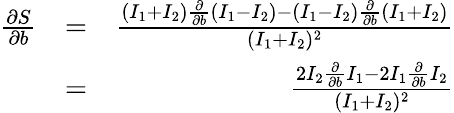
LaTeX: \begin{array}{rlr}{\frac{\partial S}{\partial b}}&{=}&{\frac{(I_{1}+I_{2})\frac{\partial}{\partial b}(I_{1}-I_{2})-(I_{1}-I_{2})\frac{\partial}{\partial b}(I_{1}+I_{2})}{(I_{1}+I_{2})^{2}}}\\ &{=}&{\frac{2I_{2}\frac{\partial}{\partial b}I_{1}-2I_{1}\frac{\partial}{\partial b}I_{2}}{(I_{1}+I_{2})^{2}}}\end{array}